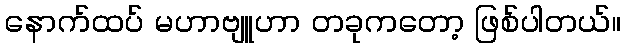
နောက်ထပ် မဟာဗျူဟာ တခုကတော့ ဖြစ်ပါတယ်။